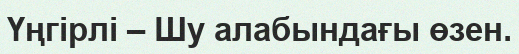
Үңгірлі – Шу алабындағы өзен.